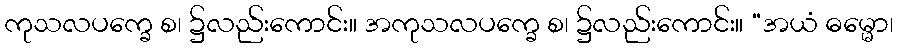
ကုသလပက္ခေ စ၊ ၌လည်းကောင်း။ အကုသလပက္ခေ စ၊ ၌လည်းကောင်း။ “အယံ ဓမ္မော၊